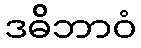
ဒဓိဘာဝံ